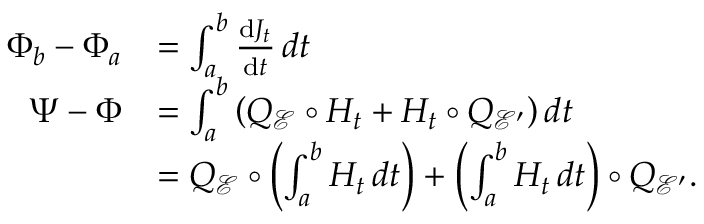
\begin{array} { r l } { \Phi _ { b } - \Phi _ { a } } & { = \int _ { a } ^ { b } \frac { \mathrm { d } J _ { t } } { \mathrm { d } t } \, d t } \\ { \Psi - \Phi } & { = \int _ { a } ^ { b } \left( Q _ { \mathcal { E } } \circ H _ { t } + H _ { t } \circ Q _ { \mathcal { E } ^ { \prime } } \right) d t } \\ & { = Q _ { \mathcal { E } } \circ \left( \int _ { a } ^ { b } H _ { t } \, d t \right) + \left( \int _ { a } ^ { b } H _ { t } \, d t \right) \circ Q _ { \mathcal { E } ^ { \prime } } . } \end{array}